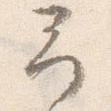
予